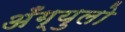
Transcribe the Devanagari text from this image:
अँग्युलो